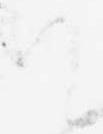
て